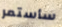
سأستمر